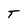
Character: T